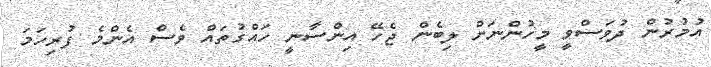
އުމުރުން ދުވަސްވީ މީހުންނަށް ލިބެން ޖެހޭ އިންސާނީ ހައްގުތައް ވެސް އެންމެ ފުރިހަމަ